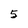
Character: 5